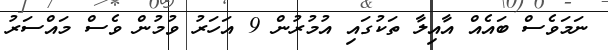
ނަމަވެސް ބައެއް އާއިލާ ތަކުގައި އުމުރުން 9 އަހަރު ވުމުން ވެސް މައްސަރު